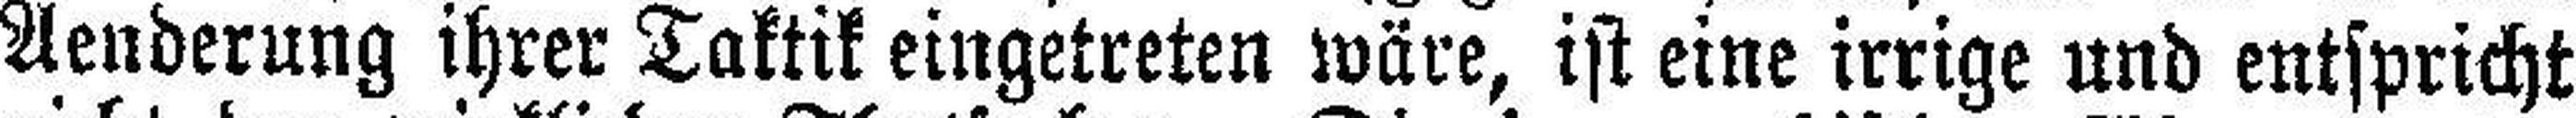
Aenderung ihrer Taktik eingetreten wäre, ist eine irrige und entspricht